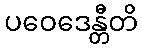
ပဝေဒေန္တီတိ